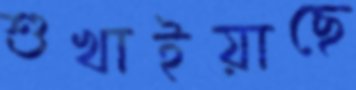
শুখাইয়াছে